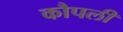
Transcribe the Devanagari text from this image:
कौपली